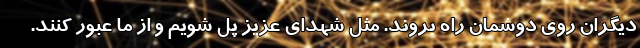
دیگران روی دوشمان راه بروند. مثل شهدای عزیز پل شویم و از ما عبور کنند.